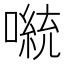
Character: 𫫴